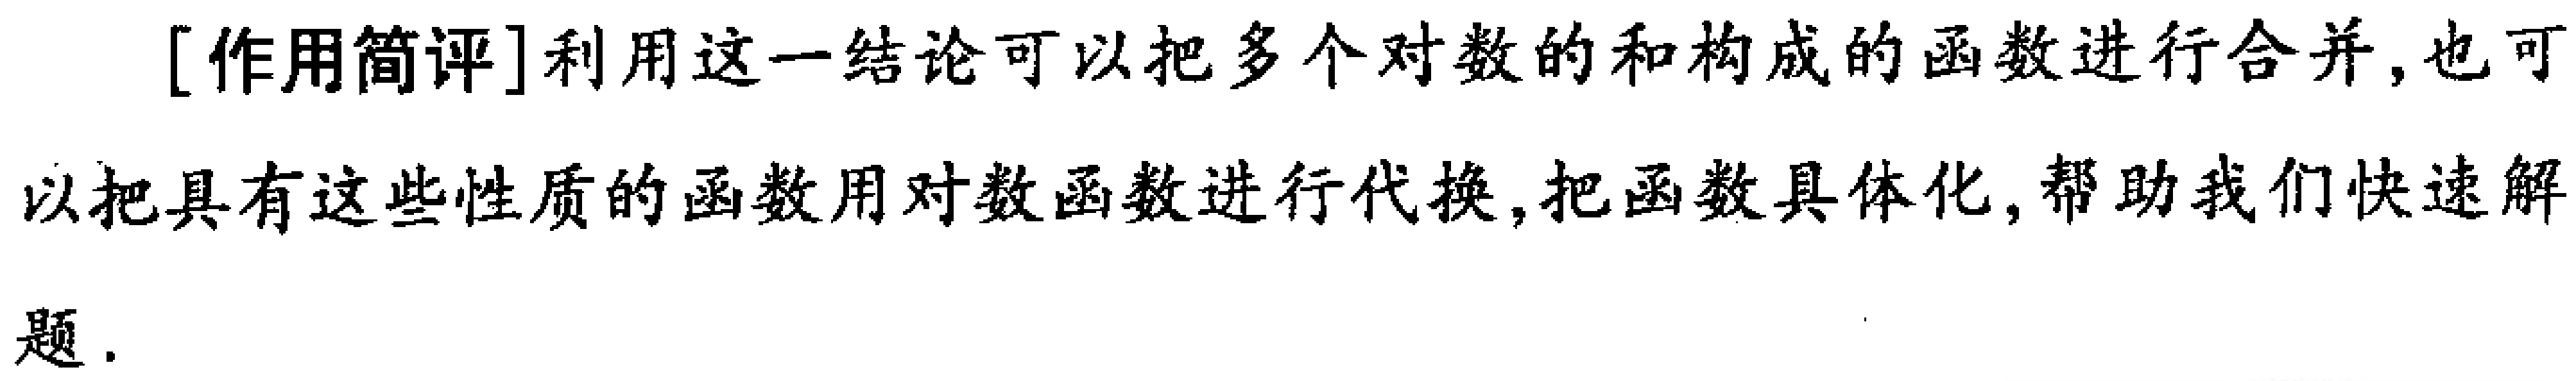
[作用简评]利用这一结论可以把多个对数的和构成的函数进行合并,也可以把具有这些性质的函数用对数函数进行代换,把函数具体化,帮助我们快速解题.